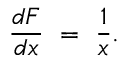
{ \frac { d F } { d x } } \ = \ { \frac { 1 } { x } } .